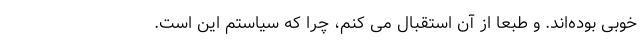
خوبی بوده‌اند. و طبعا از آن استقبال می کنم، چرا که سیاستم این است.